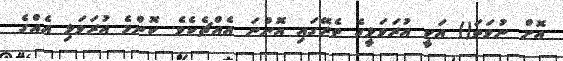
އޮށް ނުވަތަ() އަކީ އުރަވަޅީގެ ތެރޭގައި އޮންނަ އެއްޗެކެވެ. ކޮންމެ އުރަވަޅި އެއްގެ